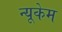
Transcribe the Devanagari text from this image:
न्यूकेम